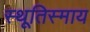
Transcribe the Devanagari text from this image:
स्थूतिस्माय